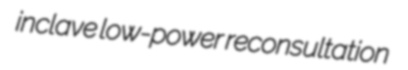
inclave low-power reconsultation